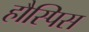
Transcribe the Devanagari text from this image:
हौस्पिस